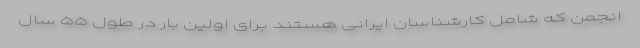
انجمن که شامل کارشناسان ایرانی هستند برای اولین بار در طول ۵۵ سال